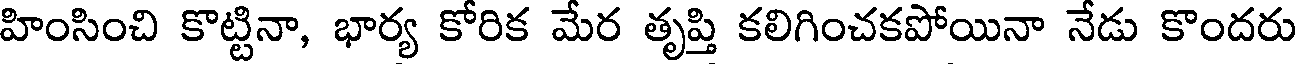
హింసించి కొట్టినా, భార్య కోరిక మేర తృప్తి కలిగించకపోయినా నేడు కొందరు